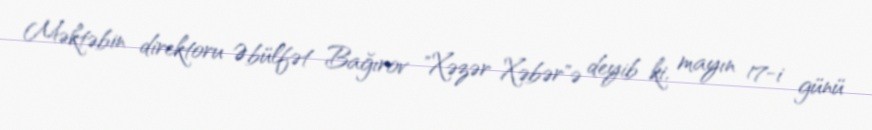
Məktəbin direktoru Əbülfət Bağırov "Xəzər Xəbər"ə deyib ki, mayın 17-i günü